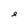
Character: e